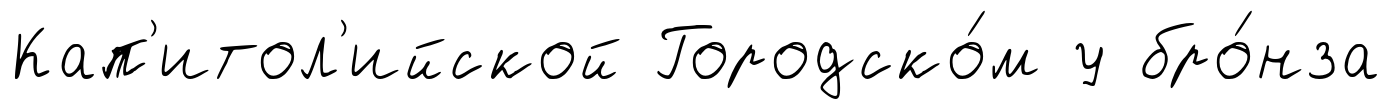
Кап'итол'ийской Городско́м у бро́нза